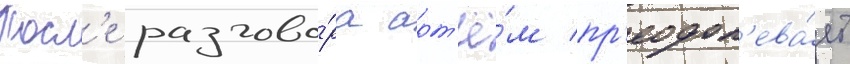
Посл'е разгово́ра арт'ё́м пр'еодол'ева́ет